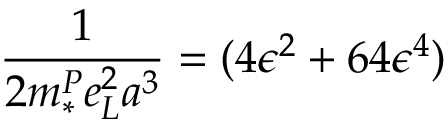
\frac { 1 } { 2 m _ { * } ^ { P } e _ { L } ^ { 2 } a ^ { 3 } } = ( 4 \epsilon ^ { 2 } + 6 4 \epsilon ^ { 4 } )